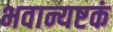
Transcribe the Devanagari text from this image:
भवान्यष्टकं